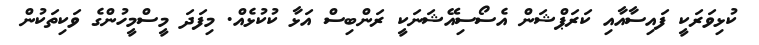
ކުޅިވަރަކީ ފައިސާއާއި ކަރަޕްޝަން އެސޯސިއޭޝަނަކީ ރަންބިސް އަޅާ ކުކުޅެއް. މިފަދަ މީސްމީހުންގެ ވަކިތަކުން